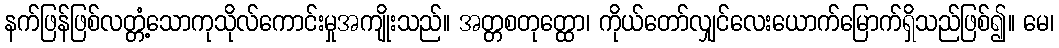
နက်ဖြန်ဖြစ်လတ္တံ့သောကုသိုလ်ကောင်းမှုအကျိုးသည်။ အတ္တစတုတ္ထော၊ ကိုယ်တော်လျှင်လေးယောက်မြောက်ရှိသည်ဖြစ်၍။ မေ၊